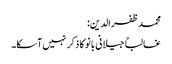
محمد ظفرالدین:
غالباً جیلانی بانو کا ذکر نہیں آسکا۔